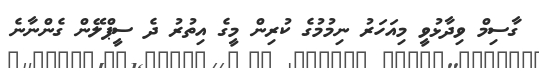
ގާސިމް ވިދާޅުވީ މިއަހަރު ނިމުމުގެ ކުރިން މީގެ އިތުރު ދެ ސީޕްލޭން ގެންނާނެ